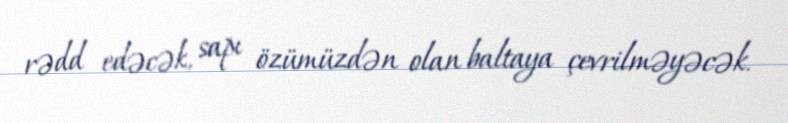
rədd edəcək, sapı özümüzdən olan baltaya çevrilməyəcək.